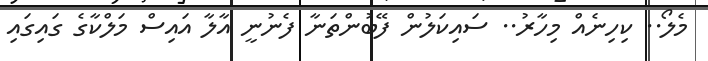
މެލޯ.. ކިހިނެއް މިހާރު.. ސައިކަލުން ފޭބުންތަނާ ފެނުނީ އާލާ އައިސް މަލްކާގެ ގައިގައި